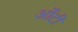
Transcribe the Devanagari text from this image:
आँटी